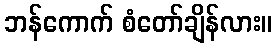
ဘန်ကောက် စံတော်ချိန်လား။